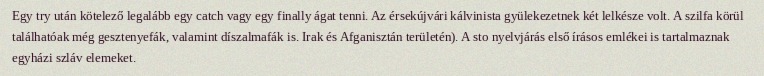
Egy try után kötelező legalább egy catch vagy egy finally ágat tenni. Az érsekújvári kálvinista gyülekezetnek két lelkésze volt. A szilfa körül találhatóak még gesztenyefák, valamint díszalmafák is. Irak és Afganisztán területén). A sto nyelvjárás első írásos emlékei is tartalmaznak egyházi szláv elemeket.